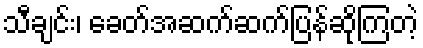
သီချင်း၊ ခေတ်အဆက်ဆက်ပြန်ဆိုကြတဲ့